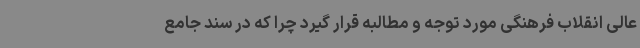
عالی انقلاب فرهنگی مورد توجه و مطالبه قرار گیرد چرا که در سند جامع